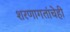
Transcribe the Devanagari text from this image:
शरणागतांचेही